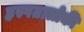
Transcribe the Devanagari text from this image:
हस्पतालोकी